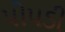
પોપડી